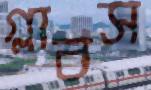
গ্লাবস